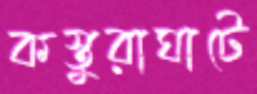
কস্তুরাঘাটে